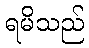
ရမိသည်